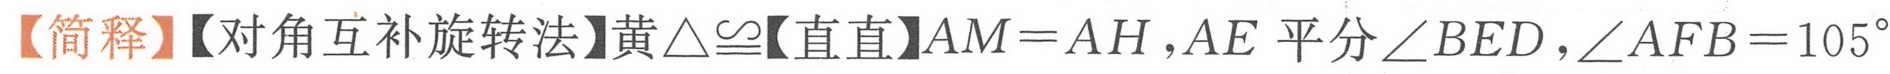
【简释】【对角互补旋转法】黄$\triangle\cong$【直直】$AM = AH,AE$平分$\angle BED,\angle AFB = 105^{\circ}$